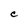
Character: C